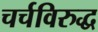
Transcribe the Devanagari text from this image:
चर्चविरुद्ध